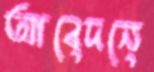
আবেদনে